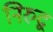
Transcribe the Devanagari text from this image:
निरुद्व